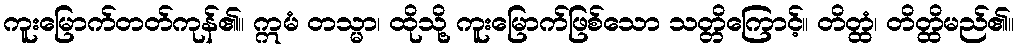
ကူးမြောက်တတ်ကုန်၏။ ဣမံ တသ္မာ၊ ထိုသို့ ကူးမြောက်ဖြစ်သော သတ္တိကြောင့်။ တိတ္ထံ၊ တိတ္ထိမည်၏။